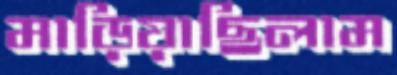
মাড়িয়াছিলাম